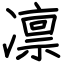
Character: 凛